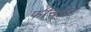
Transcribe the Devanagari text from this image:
फीचारेट